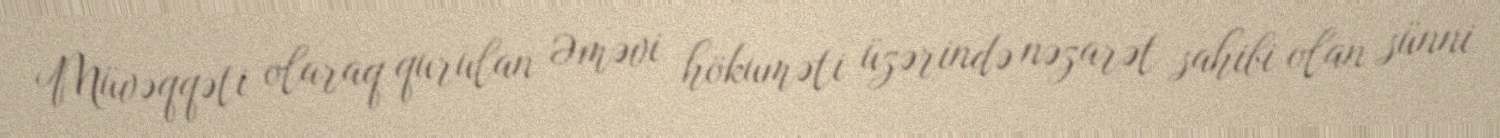
Müvəqqəti olaraq qurulan Əməvi hökuməti üzərində nəzarət sahibi olan sünni